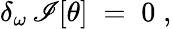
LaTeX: \delta_{\omega}\, \mathscr{I}[\theta]\; =\; 0\; ,